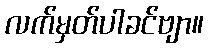
လက်မှတ်ပါခင်ဗျာ။